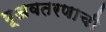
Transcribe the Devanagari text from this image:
भूअवतरणाची